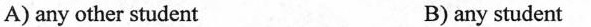
A) any other student B) any student